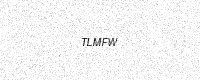
Text: TLMFW